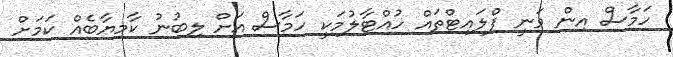
ހަމާސް އިން ވަނީ ފްލައިޓްތައް ހުއްޓާލުމަކީ ހަމާސް އަށް ލިބުނު ކާމިޔާބެއް ކަމަށް